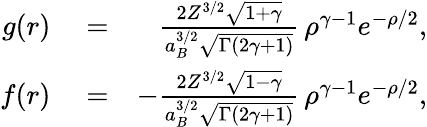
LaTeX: \begin{array}{rlr}{g(r)}&{{}=}&{\frac{2Z^{3/2}\sqrt{1+\gamma}}{a_{B}^{3/2}\sqrt{\Gamma(2\gamma+1)}}\, \rho^{\gamma-1}e^{-\rho/2},}\\ {f(r)}&{{}=}&{-\frac{2Z^{3/2}\sqrt{1-\gamma}}{a_{B}^{3/2}\sqrt{\Gamma(2\gamma+1)}}\, \rho^{\gamma-1}e^{-\rho/2},}\end{array}